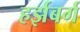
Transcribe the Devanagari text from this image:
हर्झबर्ग